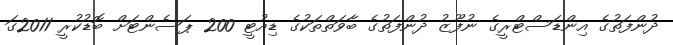
ދުންފަތުގެ އިންޑަސްޓްރީގެ ނުފޫޒު ދުންފަތުގެ ބާވަތްތަކުގެ ޑިއުޓީ 200 ޕަސެންޓަށް ބޮޑުކުރީ 2011ގަ